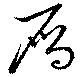
鴈